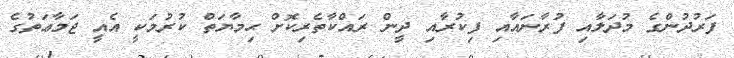
ފަރުދުންގެ މުދަލާއި ފުރާނައާއި ފިކުރާއި ދީން ރައްކާތެރިކޮށް ޙިމާޔަތް ކުރުމަކީ އެއީ ޖަމާޢަތުގެ